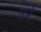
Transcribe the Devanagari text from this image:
फर्रे